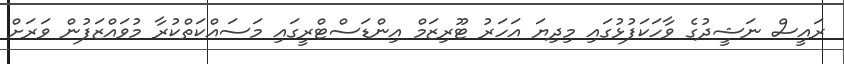
ރައީސް ނަޝީދުގެ ވާހަކަފުޅުގައި މިދިޔަ އަހަރު ޓޫރިޒަމް އިންޑަސްޓްރީގައި މަސައްކަތްކުރާ މުވައްޒަފުން ވަރަށް